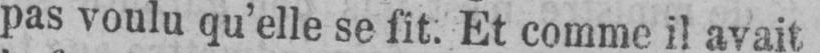
pas voulu qu’elle se fit: Et comme il avait